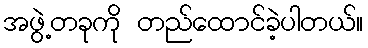
အဖွဲ့တခုကို တည်ထောင်ခဲ့ပါတယ်။